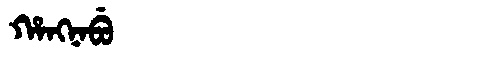
Manchu: ᡥᠠᠩᠨᠠᠪᡠ
Romanization: HANGNABU